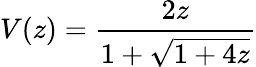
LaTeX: V(z)={\frac{2z}{1+{\sqrt{1+4z}}}}